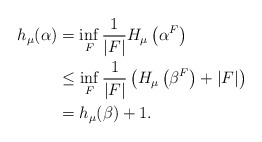
\begin{align*} h_\mu(\alpha) &= \inf_{F} \frac{1}{|F|} H_\mu\left(\alpha^F \right) \\&\leq \inf_{F} \frac{1}{|F|} \left( H_\mu \left(\beta^F \right) + |F| \right) \\&= h_\mu(\beta) +1. \end{align*}